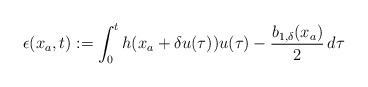
\begin{align*}\epsilon(x_a,t):= \int_0^t h(x_a+\delta u(\tau))u(\tau)-\dfrac{b_{1,\delta}(x_a)}{2} \,d\tau\end{align*}